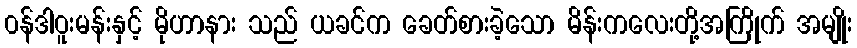
၀န်ဒါဝူးမန်းနှင့် မိုဟာနား သည် ယခင်က ခေတ်စားခဲ့သော မိန်းကလေးတို့အကြိုက် အမျိုး